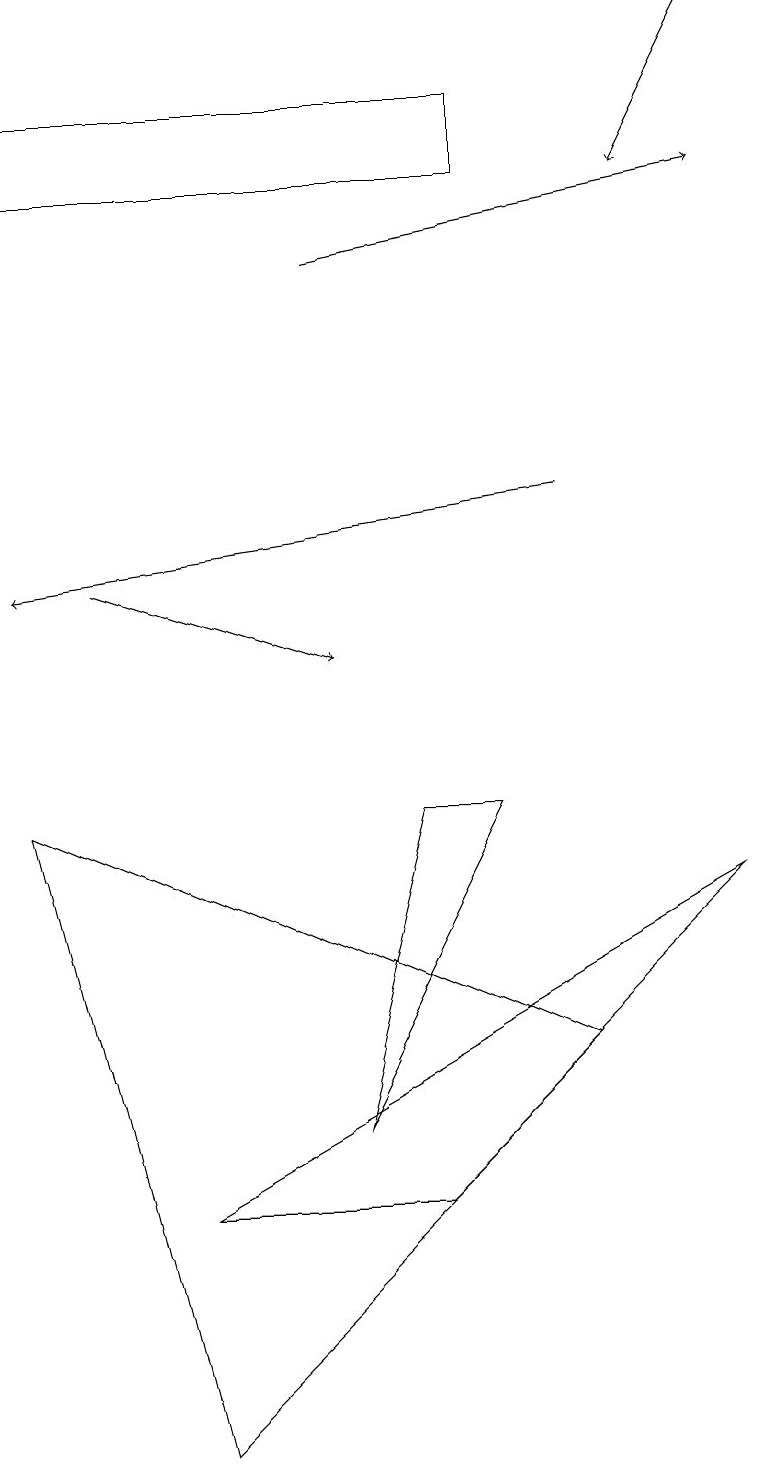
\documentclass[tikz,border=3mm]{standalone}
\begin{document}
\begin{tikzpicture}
\draw[->] (7,13) -- (0,12);
\draw (0,17) rectangle (6,18);
\draw[->] (4,16) -- (9,17);
\draw (6,9) -- (5,9) -- (4,5) -- cycle;
\draw[->] (1,12) -- (4,11);
\draw[->] (9,19) -- (8,17);
\draw (2,4) -- (9,8) -- (5,4) -- cycle;
\draw (2,1) -- (7,6) -- (0,9) -- cycle;
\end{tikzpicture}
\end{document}